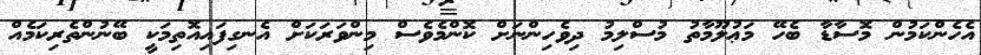
އެހެންކަމުން މޮސާޑާ ބެހޭ މަޢުލޫމާތު މުސްލިމު ދިވެހިންނަށް ކޮންމެވެސް މިންވަރަކަށް އެނގިފައިއޮތިމަކީ ބޭނުންތެރިކަމެއް